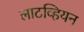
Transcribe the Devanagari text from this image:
लाटव्हियन